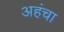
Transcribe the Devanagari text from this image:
अहंचा